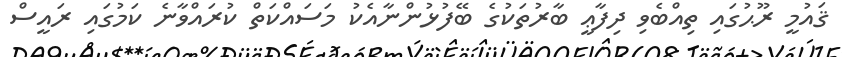
ޤައުމީ ރޫޙުގައި ތިއްބެވި ދިފާޢީ ބާރުތަކުގެ ބޭފުޅުންނާއެކު މަސައްކަތް ކުރައްވާނެ ކަމުގައި ރައީސް